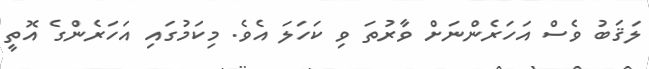
ލަޤަބު ވެސް އަހަރެންނަށް ވާރުތަ ވި ކަހަލަ އެވެ. މިކަމުގައި އަހަރެންގެ އޮތީ